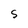
Character: S